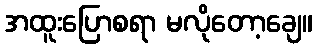
အထူးပြောစရာ မလိုတော့ချေ။